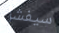
سيفشل